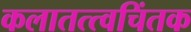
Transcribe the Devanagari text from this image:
कलातत्त्वचिंतक